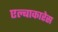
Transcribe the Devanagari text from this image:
एल्बाकारेस